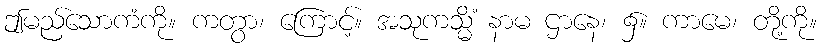
ဤမည်သောကံကို။ ကတွာ၊ ကြောင့်။ အသုကသ္မိံ နာမ ဌာနေ၊ ၌။ ကာမေ၊ တို့ကို။